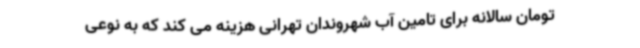
تومان سالانه برای تامین آب شهروندان تهرانی هزینه می کند که به نوعی